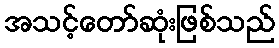
အသင့်တော်ဆုံးဖြစ်သည်